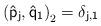
LaTeX: \begin{align*}\left( \mathsf{\hat{p}}_{\mathsf{j}},\mathsf{\hat{q}}_{\mathsf{1}}\right)_{2}=\delta _{\mathsf{j,1}} \end{align*}